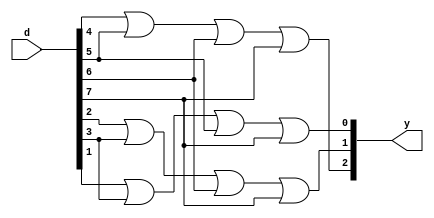
module encoder8x3(d,y);
input [7:0]d;
output wire [2:0]y;
or(y[2],d[4],d[5],d[6],d[7]);
or(y[1],d[2],d[3],d[6],d[7]);
or(y[0],d[1],d[3],d[5],d[7]);
endmodule